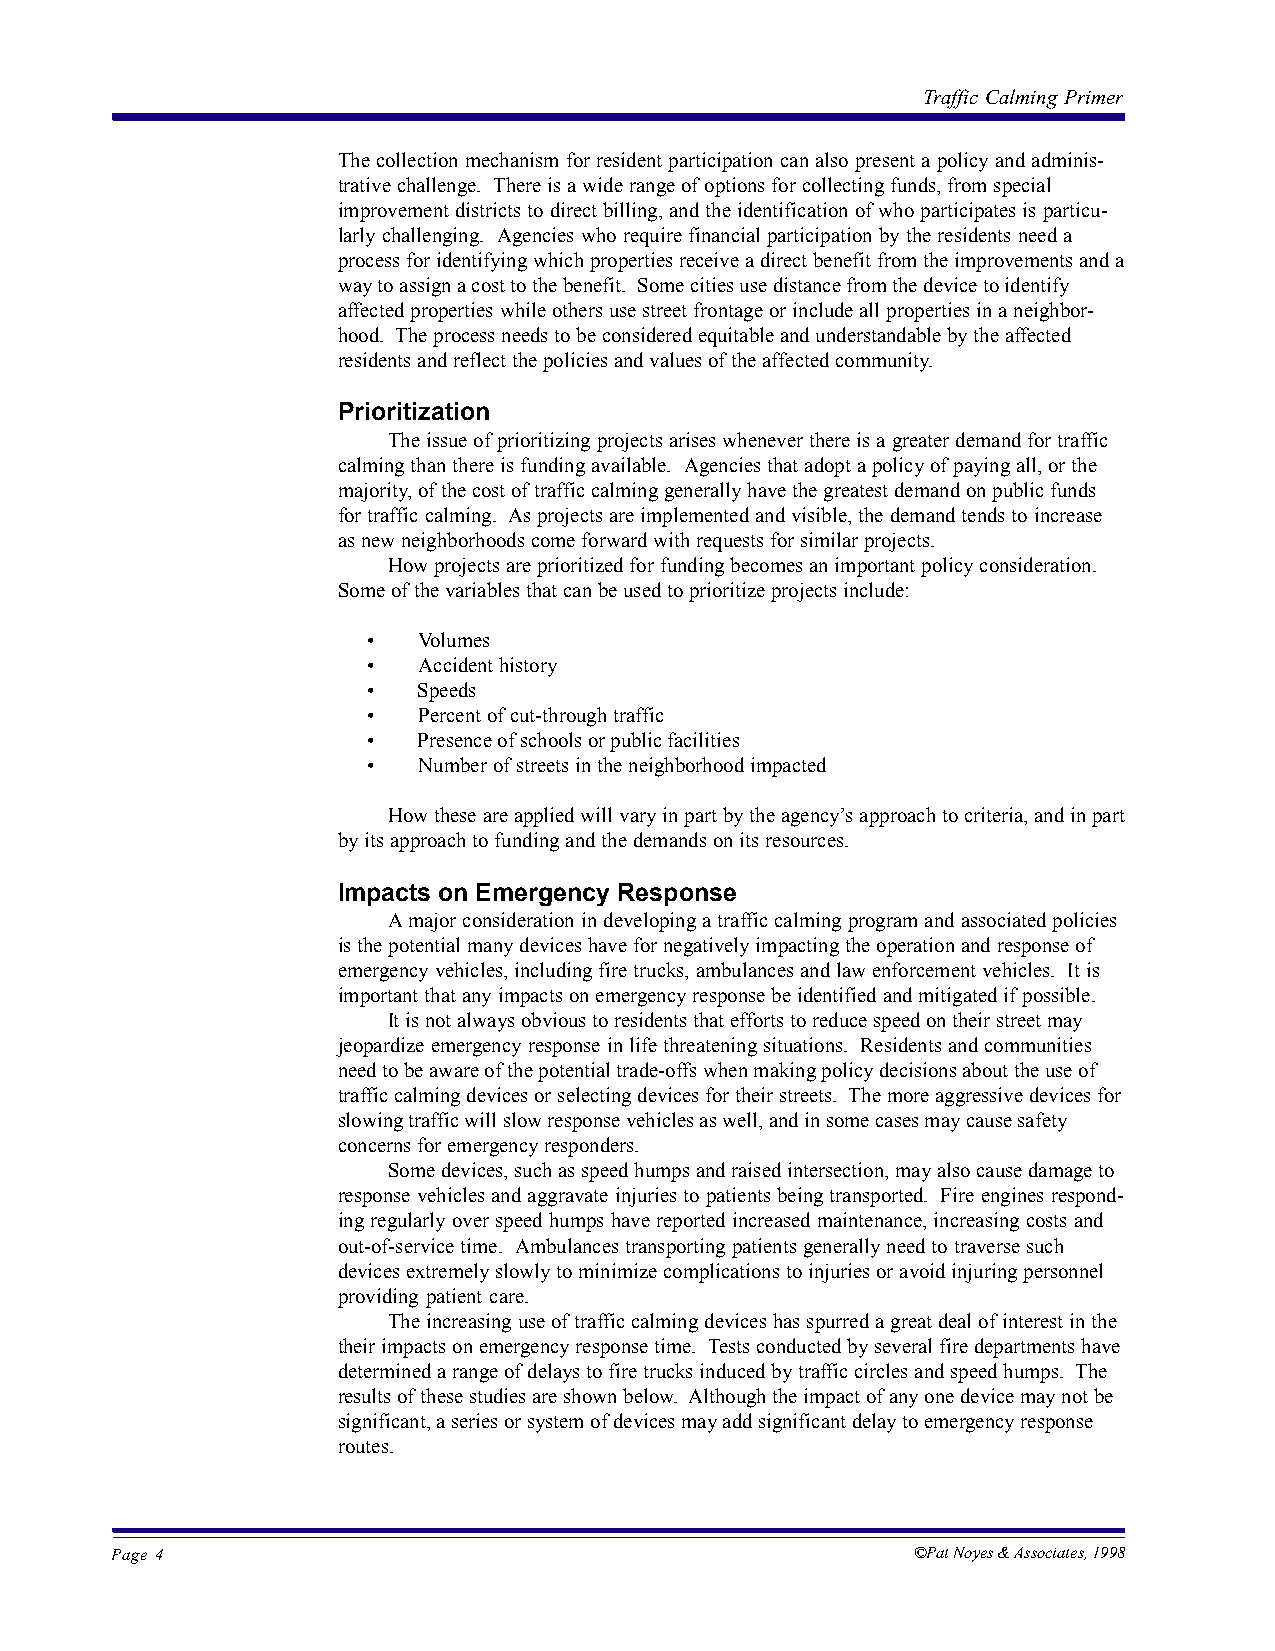
Traffic Calming Primer
 The collection mechanism for resident participation can also present a policy and adminis-
 trative challenge. There is a wide range of options for collecting funds, from special
 improvement districts to direct billing, and the identification of who participates is particu-
 larly challenging. Agencies who require financial participation by the residents need a
 process for identifying which properties receive a direct benefit from the improvements and a
 way to assign a cost to the benefit. Some cities use distance from the device to identify
 affected properties while others use street frontage or include all properties in a neighbor-
 hood. The process needs to be considered equitable and understandable by the affected
 residents and reflect the policies and values of the affected community.
 Prioritization
 The issue of prioritizing projects arises whenever there is a greater demand for traffic
 calming than there is funding available. Agencies that adopt a policy of paying all, or the
 majority, of the cost of traffic calming generally have the greatest demand on public funds
 for traffic calming. As projects are implemented and visible, the demand tends to increase
 as new neighborhoods come forward with requests for similar projects.
 How projects are prioritized for funding becomes an important policy consideration.
 Some of the variables that can be used to prioritize projects include:
 •   Volumes
 •   Accident history
 •   Speeds
 •   Percent of cut-through traffic
 •   Presence of schools or public facilities
 •   Number of streets in the neighborhood impacted
 How these are applied will vary in part by the agency’s approach to criteria, and in part
 by its approach to funding and the demands on its resources.
 Impacts on Emergency Response
 A major consideration in developing a traffic calming program and associated policies
 is the potential many devices have for negatively impacting the operation and response of
 emergency vehicles, including fire trucks, ambulances and law enforcement vehicles. It is
 important that any impacts on emergency response be identified and mitigated if possible.
 It is not always obvious to residents that efforts to reduce speed on their street may
 jeopardize emergency response in life threatening situations. Residents and communities
 need to be aware of the potential trade-offs when making policy decisions about the use of
 traffic calming devices or selecting devices for their streets. The more aggressive devices for
 slowing traffic will slow response vehicles as well, and in some cases may cause safety
 concerns for emergency responders.
 Some devices, such as speed humps and raised intersection, may also cause damage to
 response vehicles and aggravate injuries to patients being transported. Fire engines respond-
 ing regularly over speed humps have reported increased maintenance, increasing costs and
 out-of-service time. Ambulances transporting patients generally need to traverse such
 devices extremely slowly to minimize complications to injuries or avoid injuring personnel
 providing patient care.
 The increasing use of traffic calming devices has spurred a great deal of interest in the
 their impacts on emergency response time. Tests conducted by several fire departments have
 determined a range of delays to fire trucks induced by traffic circles and speed humps. The
 results of these studies are shown below. Although the impact of any one device may not be
 significant, a series or system of devices may add significant delay to emergency response
 routes.
 Page 4                                                ©Pat Noyes & Associates, 1998